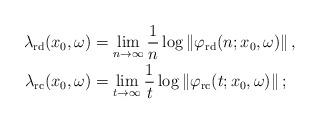
LaTeX: \begin{align*}\lambda_{\mathrm{rd}}(x_{0}, \omega) & = \lim_{n \to\infty} \frac{1}{n}\log\left\| \varphi_{\mathrm{rd}}(n; x_{0}, \omega)\right\| ,\displaybreak[0]\\\lambda_{\mathrm{rc}}(x_{0}, \omega) & = \lim_{t \to\infty} \frac{1}{t}\log\left\| \varphi_{\mathrm{rc}}(t; x_{0}, \omega)\right\| ;\end{align*}